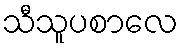
သီသူပစာလေ